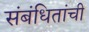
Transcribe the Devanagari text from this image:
संबंधितांची